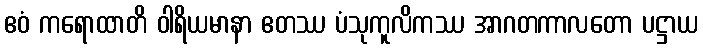
ဧဝံ ကရောထာတိ ဝါရိယမာနာ ဧတဿ ပံသုကူလိကဿ အာဂတကာလတော ပဋ္ဌာယ